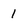
Character: 1